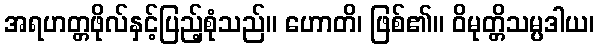
အရဟတ္တဖိုလ်နှင့်ပြည့်စုံသည်။ ဟောတိ၊ ဖြစ်၏။ ဝိမုတ္တိသမ္ပဒါယ၊